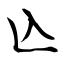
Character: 兦